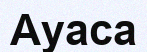
Ауаса